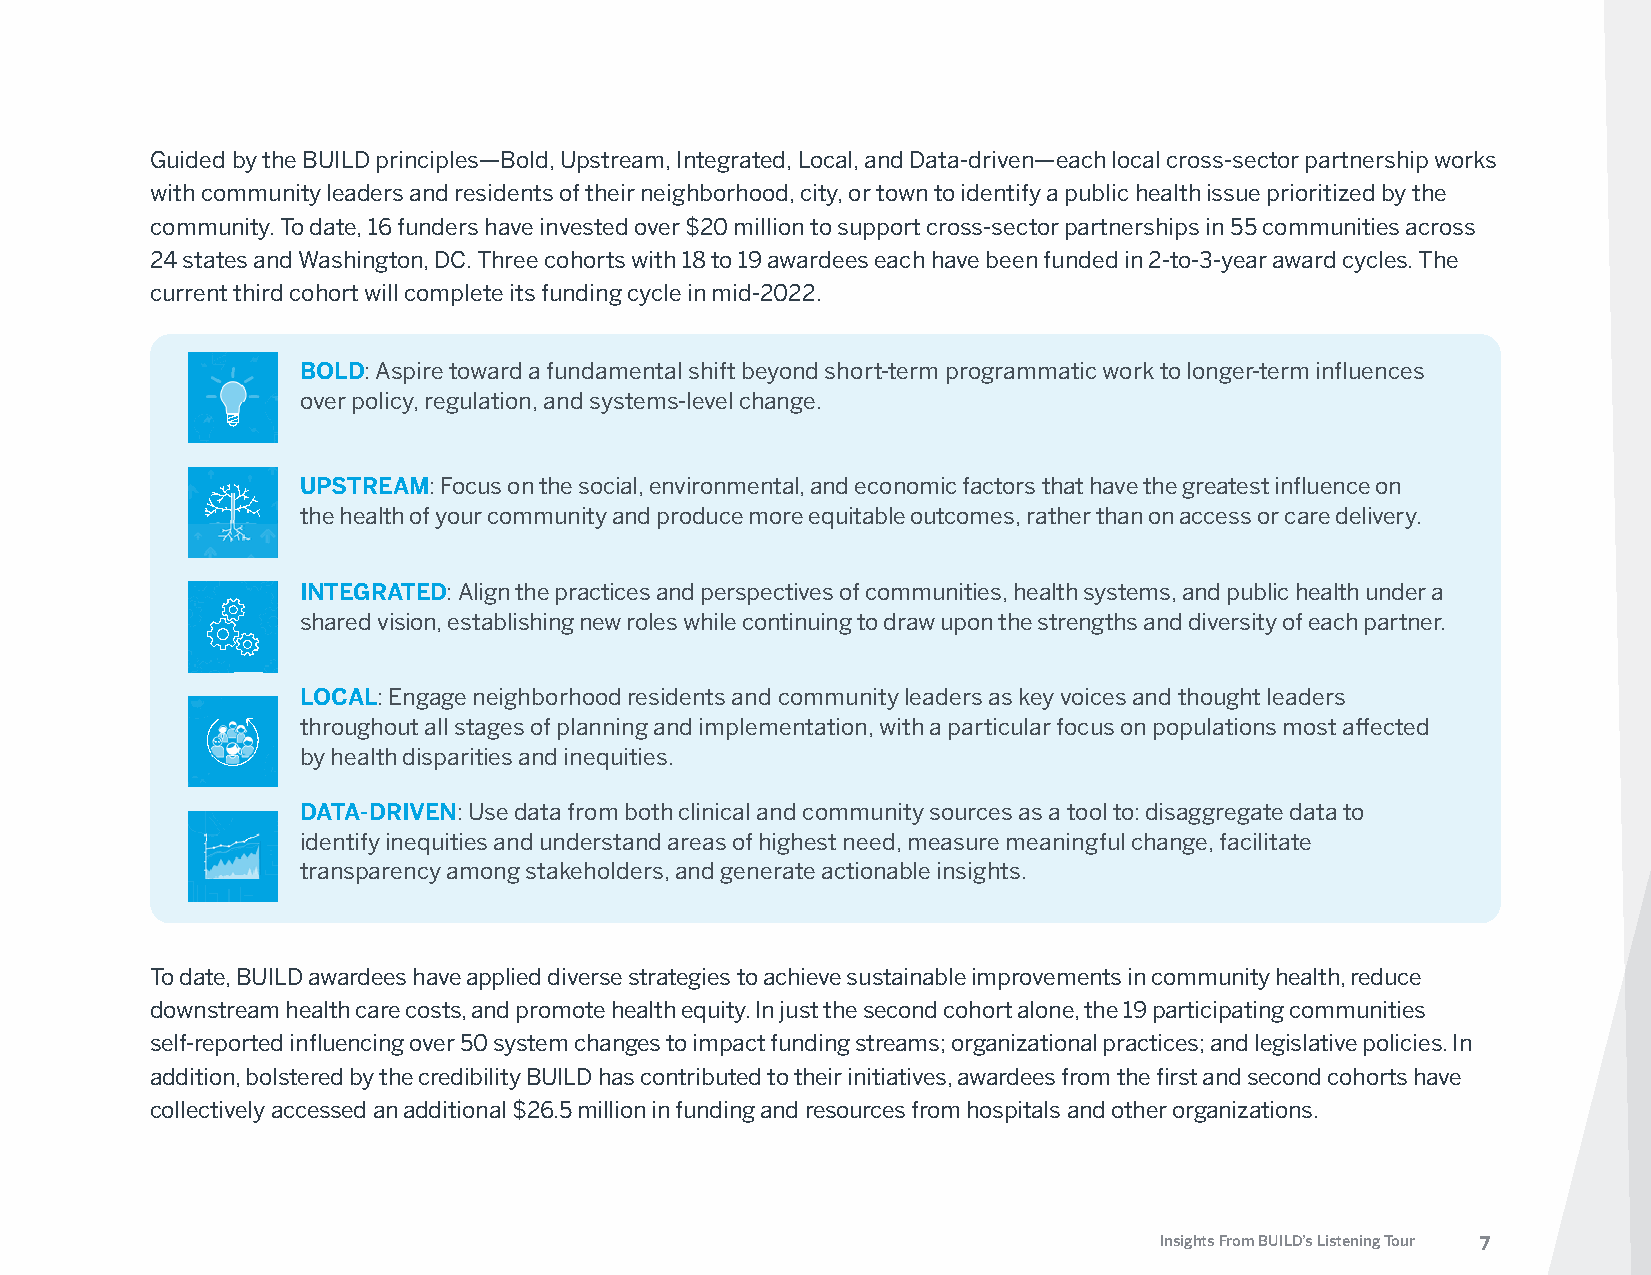
Guided by the BUILD principles—Bold, Upstream, Integrated, Local, and Data-driven—each local cross-sector partnership works
 with community leaders and residents of their neighborhood, city, or town to identify a public health issue prioritized by the
 community. To date, 16 funders have invested over $20 million to support cross-sector partnerships in 55 communities across
 24 states and Washington, DC. Three cohorts with 18 to 19 awardees each have been funded in 2-to-3-year award cycles. The
 current third cohort will complete its funding cycle in mid-2022.
 BOLD: Aspire toward a fundamental shift beyond short-term programmatic work to longer-term influences
 over policy, regulation, and systems-level change.
 UPSTREAM: Focus on the social, environmental, and economic factors that have the greatest influence on
 the health of your community and produce more equitable outcomes, rather than on access or care delivery.
 INTEGRATED: Align the practices and perspectives of communities, health systems, and public health under a
 shared vision, establishing new roles while continuing to draw upon the strengths and diversity of each partner.
 LOCAL: Engage neighborhood residents and community leaders as key voices and thought leaders
 throughout all stages of planning and implementation, with a particular focus on populations most affected
 by health disparities and inequities.
 DATA-DRIVEN: Use data from both clinical and community sources as a tool to: disaggregate data to
 identify inequities and understand areas of highest need, measure meaningful change, facilitate
 transparency among stakeholders, and generate actionable insights.
 To date, BUILD awardees have applied diverse strategies to achieve sustainable improvements in community health, reduce
 downstream health care costs, and promote health equity. In just the second cohort alone, the 19 participating communities
 self-reported influencing over 50 system changes to impact funding streams; organizational practices; and legislative policies. In
 addition, bolstered by the credibility BUILD has contributed to their initiatives, awardees from the first and second cohorts have
 collectively accessed an additional $26.5 million in funding and resources from hospitals and other organizations.
 Insights From BUILD’s Listening Tour 7